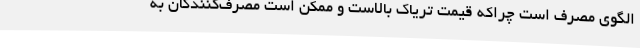
الگوی مصرف است چراکه قیمت تریاک بالاست و ممکن است مصرف‌کنندگان به